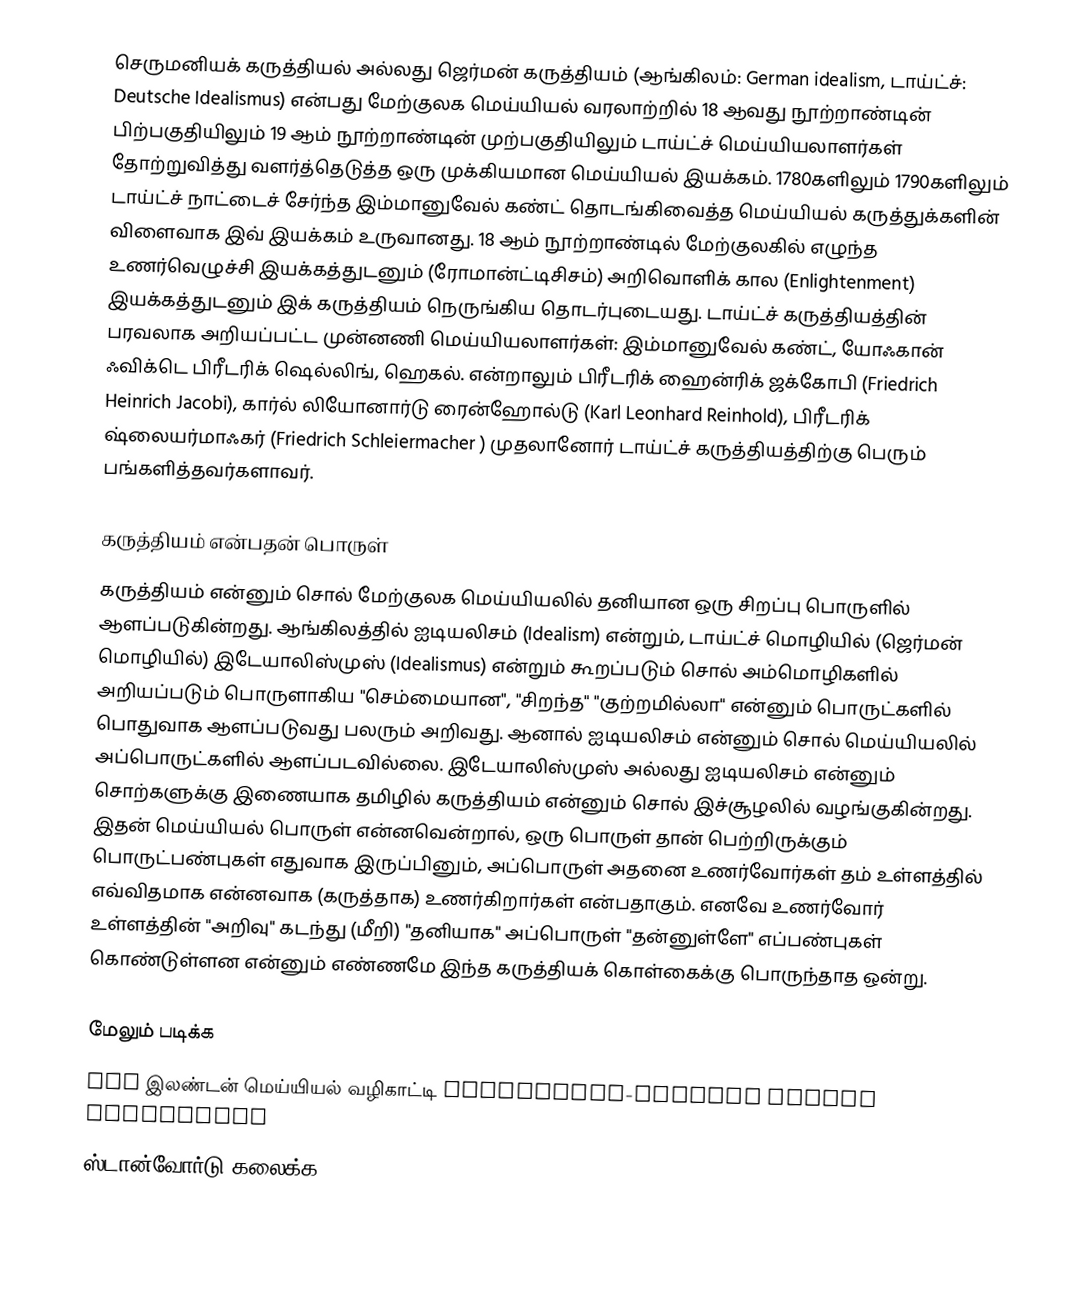
செருமனியக் கருத்தியல் அல்லது ஜெர்மன் கருத்தியம் (ஆங்கிலம்: German idealism, டாய்ட்ச்: Deutsche Idealismus) என்பது மேற்குலக மெய்யியல் வரலாற்றில் 18 ஆவது நூற்றாண்டின் பிற்பகுதியிலும் 19 ஆம் நூற்றாண்டின் முற்பகுதியிலும் டாய்ட்ச் மெய்யியலாளர்கள் தோற்றுவித்து வளர்த்தெடுத்த ஒரு முக்கியமான மெய்யியல் இயக்கம். 1780களிலும் 1790களிலும் டாய்ட்ச் நாட்டைச் சேர்ந்த இம்மானுவேல் கண்ட் தொடங்கிவைத்த மெய்யியல் கருத்துக்களின் விளைவாக இவ் இயக்கம் உருவானது. 18 ஆம் நூற்றாண்டில் மேற்குலகில் எழுந்த உணர்வெழுச்சி இயக்கத்துடனும் (ரோமான்ட்டிசிசம்) அறிவொளிக் கால (Enlightenment) இயக்கத்துடனும் இக் கருத்தியம் நெருங்கிய தொடர்புடையது. டாய்ட்ச் கருத்தியத்தின் பரவலாக அறியப்பட்ட முன்னணி மெய்யியலாளர்கள்: இம்மானுவேல் கண்ட், யோஃகான் ஃவிக்டெ பிரீடரிக் ஷெல்லிங், ஹெகல். என்றாலும் பிரீடரிக் ஹைன்ரிக் ஜக்கோபி (Friedrich Heinrich Jacobi), கார்ல் லியோனார்டு ரைன்ஹோல்டு (Karl Leonhard Reinhold), பிரீடரிக் ஷ்லையர்மாஃகர் (Friedrich Schleiermacher ) முதலானோர் டாய்ட்ச் கருத்தியத்திற்கு பெரும் பங்களித்தவர்களாவர்.

கருத்தியம் என்பதன் பொருள்
கருத்தியம் என்னும் சொல் மேற்குலக மெய்யியலில் தனியான ஒரு சிறப்பு பொருளில் ஆளப்படுகின்றது. ஆங்கிலத்தில் ஐடியலிசம் (Idealism) என்றும், டாய்ட்ச் மொழியில் (ஜெர்மன் மொழியில்) இடேயாலிஸ்முஸ் (Idealismus) என்றும் கூறப்படும் சொல் அம்மொழிகளில் அறியப்படும் பொருளாகிய "செம்மையான", "சிறந்த" "குற்றமில்லா" என்னும் பொருட்களில்  பொதுவாக ஆளப்படுவது பலரும் அறிவது. ஆனால் ஐடியலிசம் என்னும் சொல் மெய்யியலில் அப்பொருட்களில் ஆளப்படவில்லை. இடேயாலிஸ்முஸ் அல்லது ஐடியலிசம் என்னும் சொற்களுக்கு இணையாக தமிழில் கருத்தியம் என்னும் சொல் இச்சூழலில் வழங்குகின்றது. இதன் மெய்யியல் பொருள் என்னவென்றால், ஒரு பொருள் தான் பெற்றிருக்கும் பொருட்பண்புகள் எதுவாக இருப்பினும், அப்பொருள் அதனை உணர்வோர்கள் தம் உள்ளத்தில் எவ்விதமாக என்னவாக (கருத்தாக) உணர்கிறார்கள் என்பதாகும். எனவே உணர்வோர் உள்ளத்தின் "அறிவு" கடந்து (மீறி) "தனியாக" அப்பொருள் "தன்னுள்ளே" எப்பண்புகள் கொண்டுள்ளன என்னும் எண்ணமே இந்த கருத்தியக் கொள்கைக்கு பொருந்தாத ஒன்று.

மேலும் படிக்க
 The இலண்டன் மெய்யியல் வழிகாட்டி  Nineteenth-Century German Philosophy
 ஸ்டான்வோர்டு கலைக்க